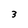
Character: 3